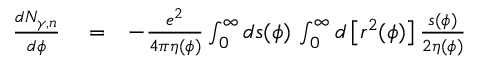
\begin{array} { r l r } { \frac { d N _ { \gamma , n } } { d \phi } } & { { } = } & { - \frac { e ^ { 2 } } { 4 \pi \eta ( \phi ) } \int _ { 0 } ^ { \infty } d s ( \phi ) \, \int _ { 0 } ^ { \infty } d \left[ r ^ { 2 } ( \phi ) \right] \frac { s ( \phi ) } { 2 \eta ( \phi ) } } \end{array}